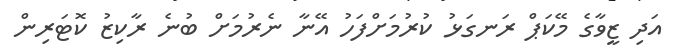
އަދި ޒީވާގެ މޭކަޕް ރަނގަޅު ކުރުމަށްފަހު އޭނާ ނެރުމަށް ބުނެ ރާކިޒު ކޮޓަރިން